Leaving Certificate Examination (including Day School Certificate (Higher) General paper), 1938
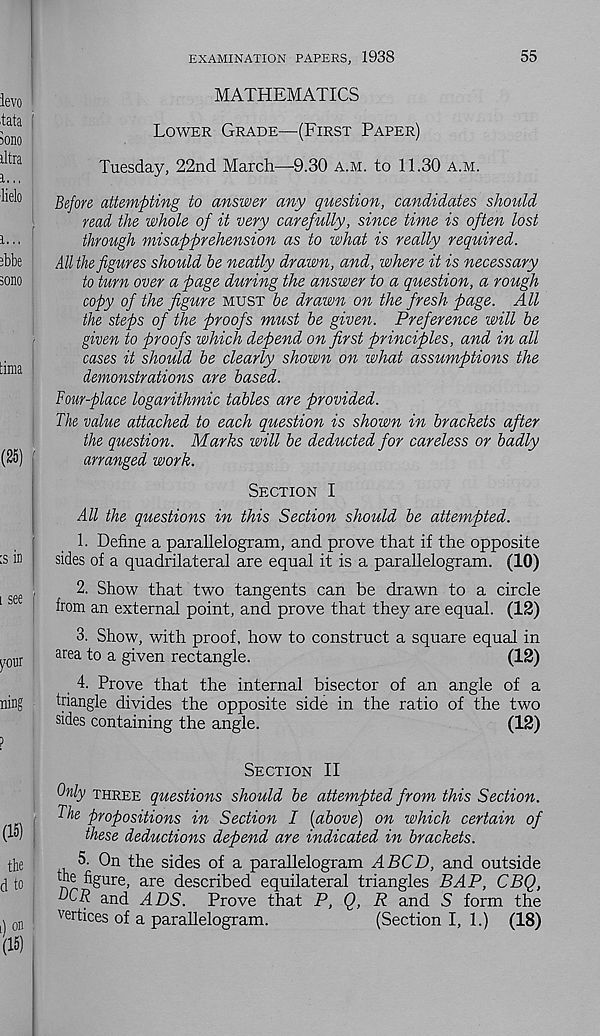
EXAMINATION PAPERS, 1938
55
MATHEMATICS
Lower Grade—(First Paper)
Tuesday, 22nd March—9.30 a.m. to 11.30 a.m.
Before attempting to answer any question, candidates should
read the whole of it very carefully, since time is often lost
through misapprehension as to what is really required.
All the figures should he neatly drawn, and, where it is necessary
to turn over a page during the answer to a question, a rough
copy of the figure must he drawn on the fresh page. All
the steps of the proofs must he given. Preference will be
given to proofs which depend on first principles, and in all
cases it should he clearly shown on what assumptions the
demonstrations are based.
Four-place logarithmic tables are provided.
The value attached to each question is shown in brackets after
the question. Marks will he deducted for careless or badly
arranged work.
Section I
All the questions in this Section should be attempted.
1. Define a parallelogram, and prove that if the opposite
sides of a quadrilateral are equal it is a parallelogram. (10)
2. Show that two tangents can be drawn to a circle
from an external point, and prove that they are equal. (12)
3. Show, with proof, how to construct a square equal in
area to a given rectangle.
(12)
4. Prove that the internal bisector of an angle of a
triangle divides the opposite side in the ratio of the two
sides containing the angle.
(12)
Section II
Only three questions should be attempted from this Section.
The propositions in Section I (above) on which certain of
these deductions depend are indicated in brackets.
5. On the sides of a parallelogram ABCD, and outside
figure, are described equilateral triangles BAP, CBQ,
TtCR and ADS. Prove that P, Q, R and S form the
vertices of a parallelogram.
(Section I, 1.) (18)